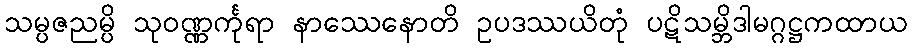
သမ္ပဇညမ္ပိ သုဝဏ္ဏင်္ကုရာ နာဿေနောတိ ဥပဒဿယိတုံ ပဋိသမ္ဘိဒါမဂ္ဂဋ္ဌကထာယ